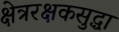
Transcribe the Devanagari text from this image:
क्षेत्ररक्षकसुद्धा